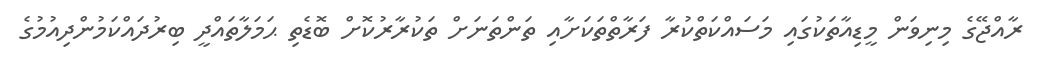
ރާއްޖޭގެ މިނިވަން މީޑިއާތަކުގައި މަސައްކަތްކުރާ ފަރާތްތަކަށާއި ތަންތަނަށް ތަކުރާރުކޮށް ބޮޑެތި ޙަމަލާތައްދީ ބިރުދައްކަމުންދިއުމުގެ